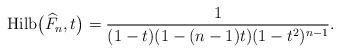
LaTeX: \begin{gather*}{\rm Hilb}\big({\widehat F}_n,t\big)= {1 \over (1-t)(1-(n-1)t)(1-t^2)^{n-1}}.\end{gather*}